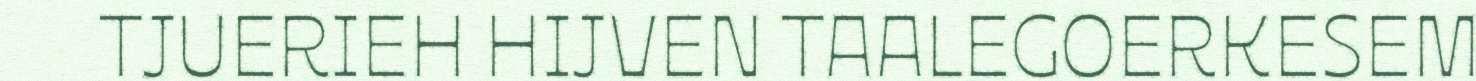
TJUERIEH HIJVEN TAALEGOERKESEM